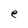
Character: e